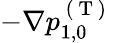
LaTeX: -\nabla p_{1,0}^{\mathrm{~(~T~)~}}